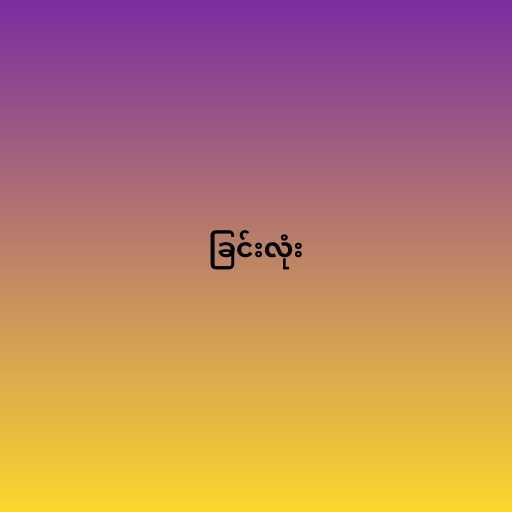
ခြင်းလုံး